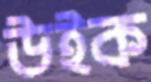
উইক